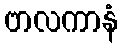
ဗာလကာနံ